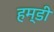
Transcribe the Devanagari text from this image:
हम्डी